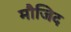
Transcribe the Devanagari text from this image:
मौजिद